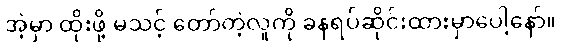
အဲ့မှာ ထိုးဖို့ မသင့် တော်တဲ့လူကို ခနရပ်ဆိုင်းထားမှာပေါ့နော်။